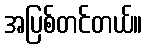
အပြစ်တင်တယ်။